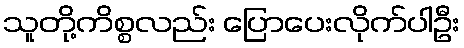
သူတို့ကိစ္စလည်း ပြောပေးလိုက်ပါဦး